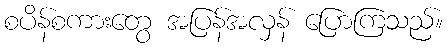
စပိန်စကားတွေ အပြန်အလှန် ပြောကြသည်။